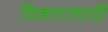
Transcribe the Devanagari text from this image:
विकारासाठी